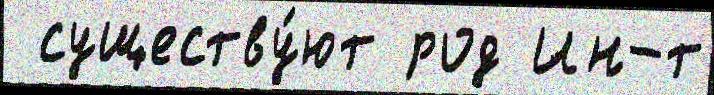
 существу́ют род Ин-т